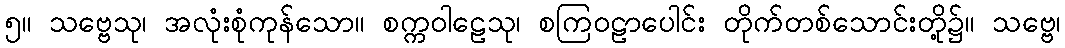
၅။ သဗ္ဗေသု၊ အလုံးစုံကုန်သော။ စက္ကဝါဠေသု၊ စကြဝဠာပေါင်း တိုက်တစ်သောင်းတို့၌။ သဗ္ဗေ၊